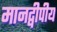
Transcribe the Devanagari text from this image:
मानद्वीपीय